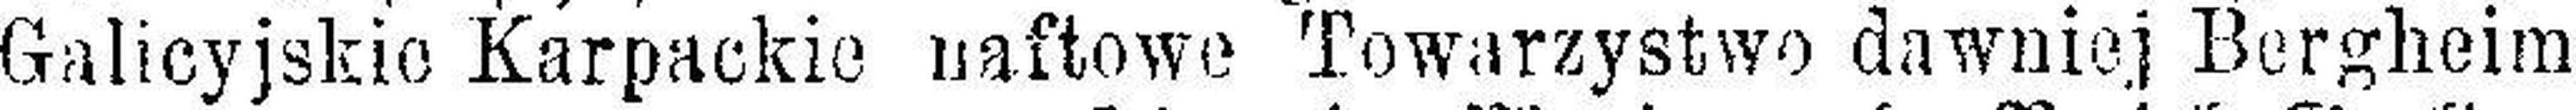
Galicyjskie Karpackie naftowe Towarzystwo dawniej Bergheim